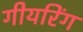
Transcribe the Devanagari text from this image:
गीयरिंग